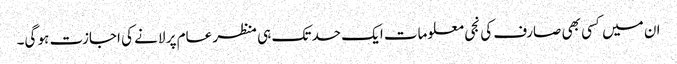
ان میں کسی بھی صارف کی نجی معلومات ایک حد تک ہی منظر عام پر لانے کی اجازت ہو گی۔